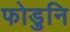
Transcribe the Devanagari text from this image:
फोडुनि